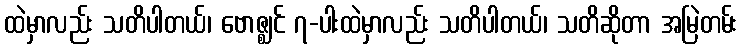
ထဲမှာလည်း သတိပါတယ်၊ ဗောဇ္ဈင် ၇-ပါးထဲမှာလည်း သတိပါတယ်၊ သတိဆိုတာ အမြဲတမ်း